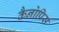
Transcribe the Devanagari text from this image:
कैनोपिस